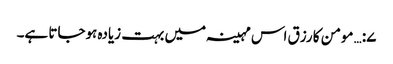
۷:… مومن کا رزق اس مہینہ میں بہت زیادہ ہوجاتا ہے۔